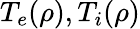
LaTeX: T_{e}(\rho),T_{i}(\rho)